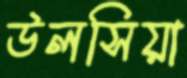
উলসিয়া